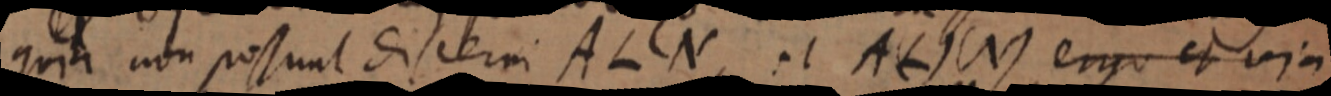
quia non possunt discerni ALN, et A (L) (N) ergo et via